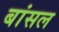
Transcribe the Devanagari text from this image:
बांसल